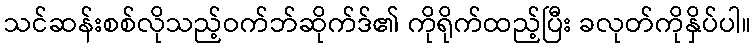
သင်ဆန်းစစ်လိုသည့်ဝက်ဘ်ဆိုက်ဒ်၏ ကိုရိုက်ထည့်ပြီး ခလုတ်ကိုနှိပ်ပါ။